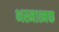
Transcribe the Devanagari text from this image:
भस्मात्मक